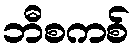
ဘီစကစ်